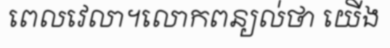
ពេលវេលា។លោកពន្យល់ថា យើង